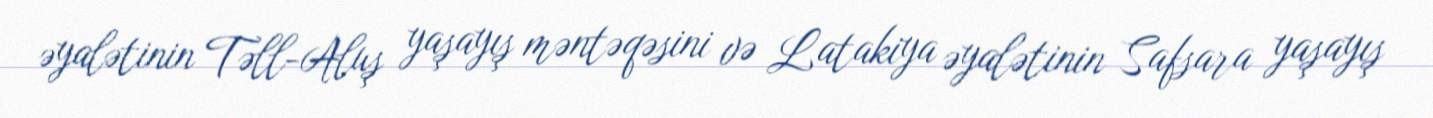
əyalətinin Təll-Aluş yaşayış məntəqəsini və Latakiya əyalətinin Safsara yaşayış